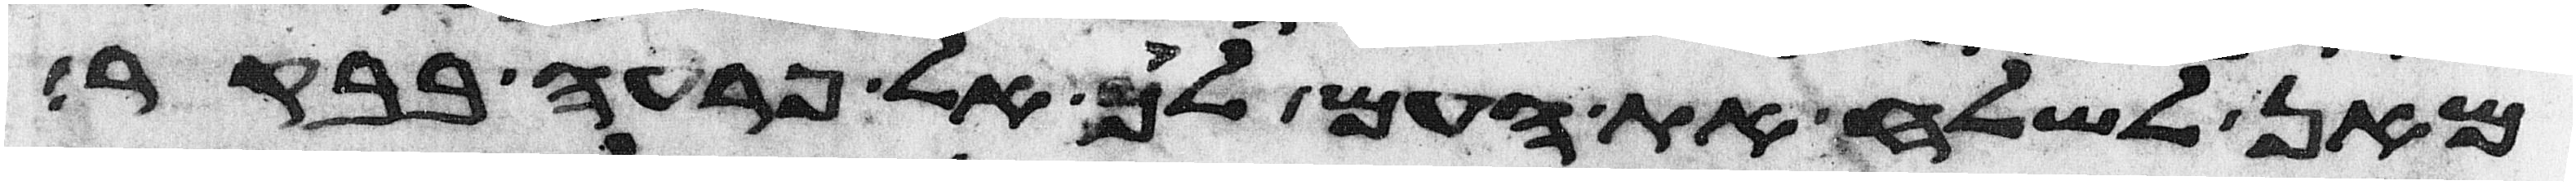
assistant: מאן לשלח את העם לך אל פרעה בבקר